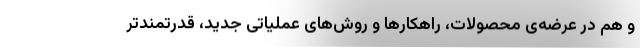
و هم در عرضه‌ی محصولات، راهکارها و روش‌‌های عملیاتی جدید، قدرتمند‌تر